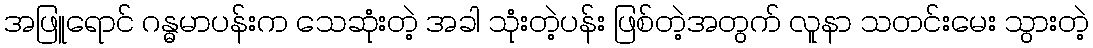
အဖြူရောင် ဂန္ဓမာပန်းက သေဆုံးတဲ့ အခါ သုံးတဲ့ပန်း ဖြစ်တဲ့အတွက် လူနာ သတင်းမေး သွားတဲ့